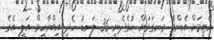
އެޓީމަށް އެންމެ ރަނގަޅަށް ކުޅެދެނީ 36 ލަނޑު ހެދި އިބްރާހީމް އަލީ އެވެ.